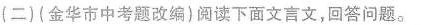
(二)(金华市中考题改编)阅读下面文言文，回答问题。